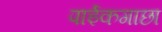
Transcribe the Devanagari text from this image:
पाईकगाछा